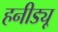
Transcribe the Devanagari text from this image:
हनीड्यू